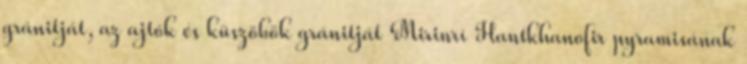
gránitját, az ajtók és küszöbök gránitját Mirinrí Hantkhanofir pyramisának